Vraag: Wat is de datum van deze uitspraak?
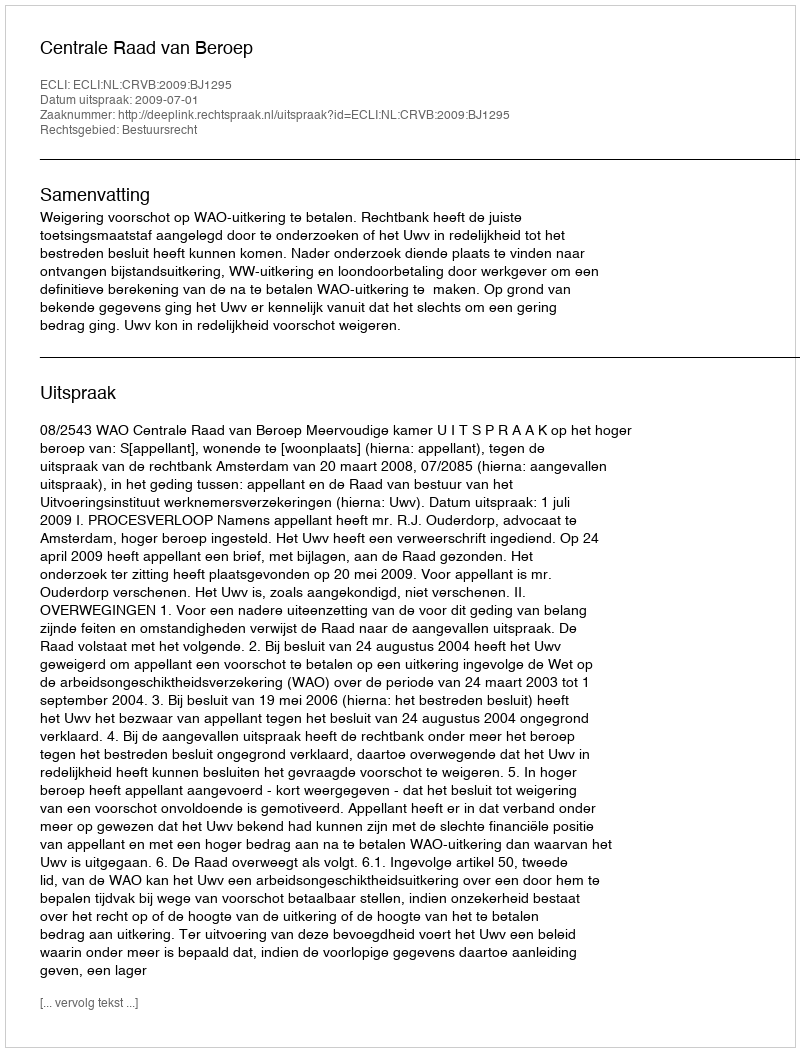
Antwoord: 2009-07-01